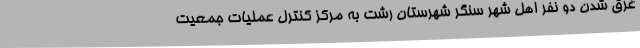
غرق شدن دو نفر اهل شهر سنگر شهرستان رشت به مرکز کنترل عملیات جمعیت